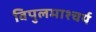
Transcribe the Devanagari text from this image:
विपुलमाश्चर्य